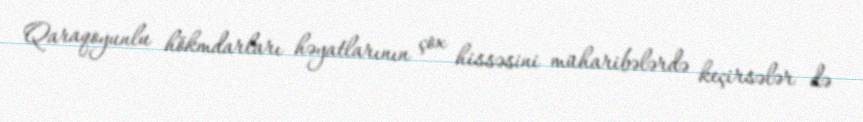
Qaraqoyunlu hökmdarları həyatlarının çox hissəsini müharibələrdə keçirsələr də